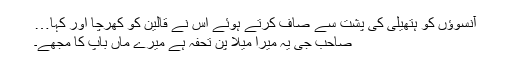
آنسوؤں کو ہتھیلی کی پشت سے صاف کرتے ہوئے اس نے قالین کو کھرچا اور کہا…
صاحب جی یہ میرا میلا پن تحفہ ہے میرے ماں باپ کا مجھے۔